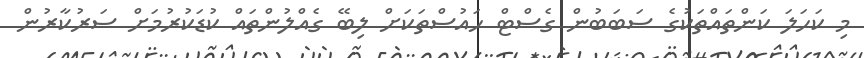
މި ކަހަލަ ކަންތައްތަކުގެ ސަބަބުން ގެސްޓް ހައުސްތަކަށް ލިބޭ ގެއްލުންތައް ކުޑަކުރުމަށް ސަރުކާރުން